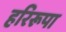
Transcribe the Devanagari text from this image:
हरिरूपा